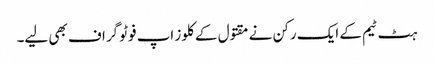
ہٹ ٹیم کے ایک رکن نے مقتول کے کلوز اپ فوٹو گراف بھی لیے۔